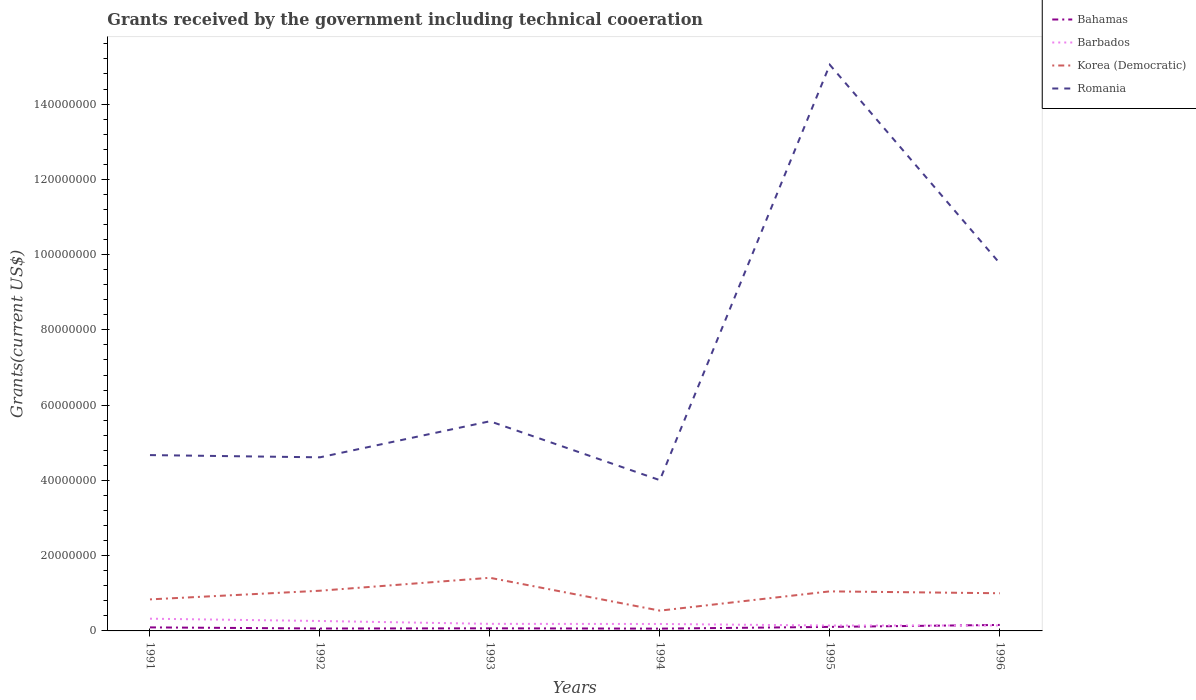
| Years | Bahamas | Barbados | Korea (Democratic) | Romania |
 | --- | --- | --- | --- | --- |
 | 1991 | 9.4e+05 | 3.25e+06 | 8.38e+06 | 4.67e+07 |
 | 1992 | 6.4e+05 | 2.64e+06 | 1.07e+07 | 4.61e+07 |
 | 1993 | 6.9e+05 | 1.88e+06 | 1.41e+07 | 5.57e+07 |
 | 1994 | 6.1e+05 | 1.85e+06 | 5.39e+06 | 4.01e+07 |
 | 1995 | 1.07e+06 | 1.43e+06 | 1.05e+07 | 1.5e+08 |
 | 1996 | 1.59e+06 | 1.45e+06 | 1e+07 | 9.77e+07 |